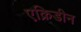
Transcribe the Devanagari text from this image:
एक्रिडीन